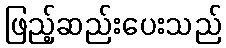
ဖြည့်ဆည်းပေးသည်